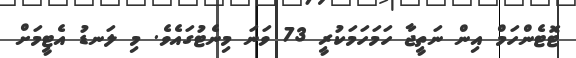
ޓޮޓެންހަމް އިން ނަތީޖާ ހަމަހަމަކުރީ 73 ވަނަ މިނެޓުގައެވެ. މި ލަނޑު އެޓީމަށް